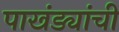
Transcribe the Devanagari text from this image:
पाखंड्यांची